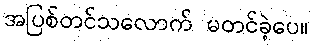
အပြစ်တင်သလောက် မတင်ခဲ့ပေ။